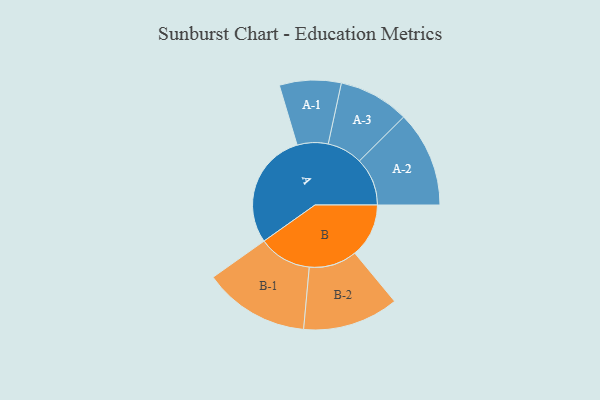
{"axis": {"x": "Segment", "y": "Value"}, "legend": ["", "A", "B"], "data": [{"x": "A", "y": 468, "type": ""}, {"x": "B", "y": 217, "type": ""}, {"x": "A-1", "y": 124, "type": "A"}, {"x": "A-2", "y": 193, "type": "A"}, {"x": "A-3", "y": 142, "type": "A"}, {"x": "B-1", "y": 213, "type": "B"}, {"x": "B-2", "y": 193, "type": "B"}]}